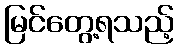
မြင်တွေ့ရသည့်